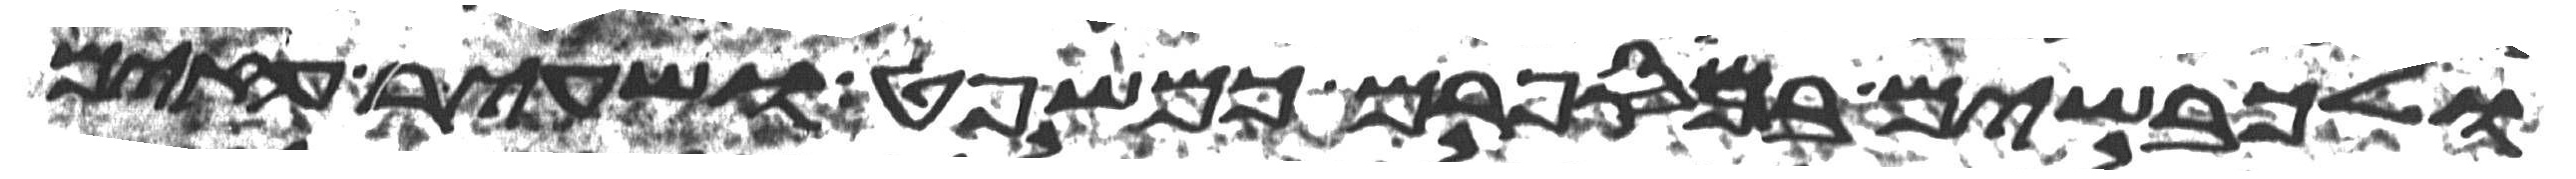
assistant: ולכבשים במספרם כמשפט ושעיר עזים